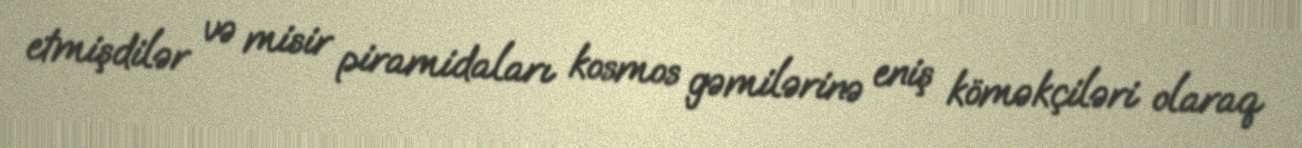
etmişdilər və misir piramidaları kosmos gəmilərinə eniş köməkçiləri olaraq